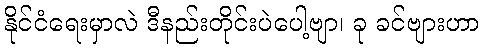
နိုင်ငံရေးမှာလဲ ဒီနည်းတိုင်းပဲပေါ့ဗျာ၊ ခု ခင်ဗျားဟာ